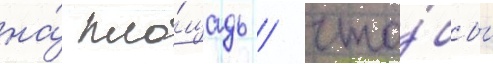
на́ пло́щадь / что́бы